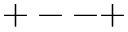
+ -- +